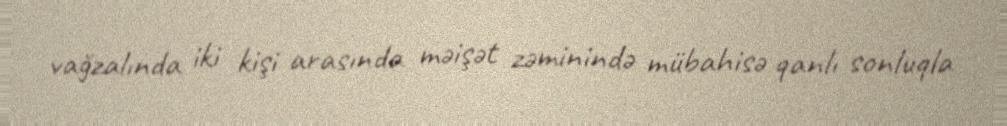
vağzalında iki kişi arasında məişət zəminində mübahisə qanlı sonluqla